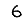
Digit: 6